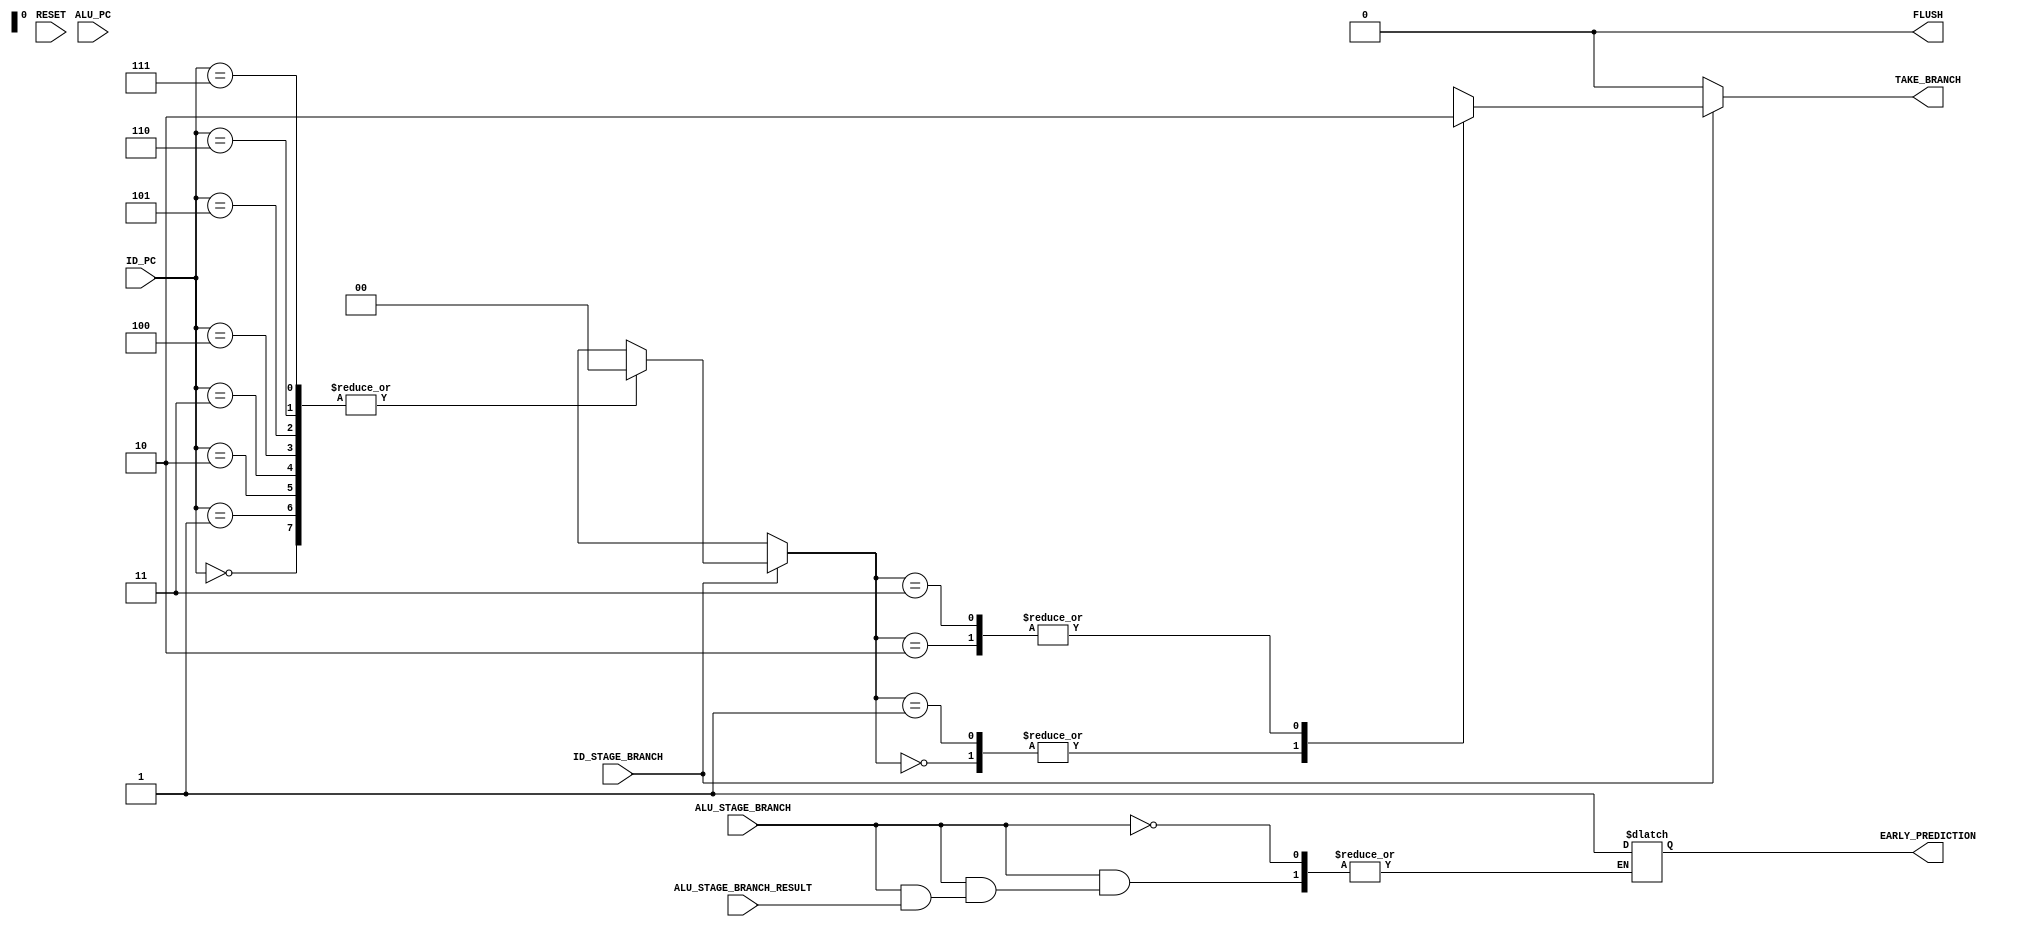
module Dynamic_Branch_Prdictor (
    ID_PC,ALU_PC,
    RESET,
    ID_STAGE_BRANCH,
    ALU_STAGE_BRANCH,
    ALU_STAGE_BRANCH_RESULT,
    FLUSH,
    EARLY_PREDICTION,
    TAKE_BRANCH
);

input [2:0] ID_PC,ALU_PC;
input RESET,ID_STAGE_BRANCH,ALU_STAGE_BRANCH,ALU_STAGE_BRANCH_RESULT;
output reg FLUSH,EARLY_PREDICTION,TAKE_BRANCH;

reg  [1:0] prediction[0:7];                 //branch target buffer


parameter BRANCH_TAKEN_STRONG = 2'b00, BRANCH_TAKEN_WEAK =2'b01, BRANCH_NOTTAKEN_WEAK =2'b10, BRANCH_NOTTAKEN_STRONG =2'b11;

//checking weather the prediction is correct by using ALU_STAGE_BRANCH Signal
always @(*) begin
    if (ALU_STAGE_BRANCH) begin    //"branch control signal" getting from alu to check wether our prediction is correct
        case (prediction[ALU_PC])
            BRANCH_TAKEN_STRONG:
                if (ALU_STAGE_BRANCH_RESULT) begin                //prediction correct
                    prediction[ALU_PC]=2'b00;
                    FLUSH=1'b0;                                   //do not need to FLUSH pipeline
                end
                else begin                                       //prediction incorrect
                    prediction[ALU_PC]=2'b01;
                    FLUSH=1'b1;                                   //pipelines should be FLUSHed 
                    EARLY_PREDICTION=1'b1;       // PC should be given PC+4 value that got from alu stage
                end
            BRANCH_TAKEN_WEAK:
                if (ALU_STAGE_BRANCH_RESULT) begin               //prediction correct
                    prediction[ALU_PC]=2'b00;
                    FLUSH=1'b0;
                end
                else begin                                       //prediction incorrect
                    prediction[ALU_PC]=2'b10;
                    FLUSH=1'b1;
                    EARLY_PREDICTION=1'b1;
                end
            BRANCH_NOTTAKEN_WEAK:
                if (ALU_STAGE_BRANCH_RESULT) begin               //prediction incorrect
                    prediction[ALU_PC]=2'b01;
                    FLUSH=1'b1;
                    EARLY_PREDICTION=1'b0;      // PC should be given the (b_imm + PC) from ALU stage(ALU stage should have the calculaed value from the dedicated adder)
                end
                else begin                                       //prediction correct
                    prediction[ALU_PC]=2'b11;
                    FLUSH=1'b0;
                end
            BRANCH_NOTTAKEN_STRONG:
                if (ALU_STAGE_BRANCH_RESULT) begin               //prediction incorrect
                    prediction[ALU_PC]=2'b10;
                    FLUSH=1'b1;
                    EARLY_PREDICTION=1'b0;
                end
                else begin                                        //prediction incorrect
                    prediction[ALU_PC]=2'b11;
                    FLUSH=1'b0;
                end
        endcase   
    end
    else begin
        FLUSH = 1'b0;
    end

    
end

//prediction - looking for STATE and sending proper signal
always @(*) begin
    if (ID_STAGE_BRANCH) begin
        case (prediction[ID_PC])
            BRANCH_TAKEN_STRONG:
                TAKE_BRANCH=1'b1;   //when this signal is set to 1  two functionalities should be done (i) update PC with the calculated value from the adder in ID stage (ii) FLUSH the pipeline reg 1
            BRANCH_TAKEN_WEAK:
                TAKE_BRANCH=1'b1;
            BRANCH_NOTTAKEN_WEAK:
                TAKE_BRANCH=1'b0;   //when this signal is set to 0, no problem regular operation happen in PC
            BRANCH_NOTTAKEN_STRONG:
                TAKE_BRANCH=1'b0;
        endcase   
    end
    else begin
        TAKE_BRANCH=1'b0;
    end
end



integer i;

// Making all branch decissions to BRANCH_TAKEN_STRONG State
always @(RESET) begin
    FLUSH=1'b0;
    for (i =0 ;i<8 ;i++ ) begin
        prediction[i]=2'b00;
    end
end

    
endmodule